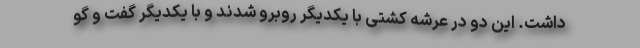
داشت. این دو در عرشه کشتی با یکدیگر روبرو شدند و با یکدیگر گفت و گو